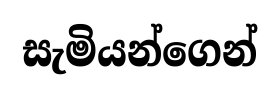
සැමියන්ගෙන්